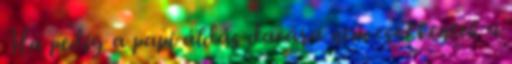
Ha pedig a papi áldás dacára nem csökkentek a